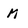
Character: M